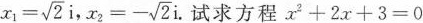
$$x_{1}= \sqrt{2}i$$, $$x_{2}=- \sqrt{2}i$$ .试求方程$$x^{2}+2x+3=0$$